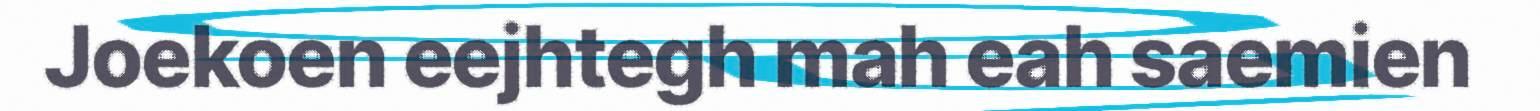
Joekoen eejhtegh mah eah saemien